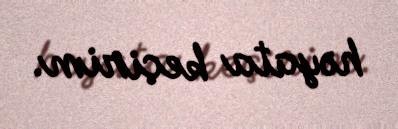
həyata keçirim.